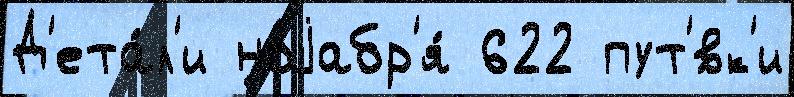
Д'ета́л'и ноjабр'я́ 622 пут'́вк'и